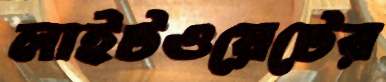
লাইটওয়েটের